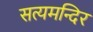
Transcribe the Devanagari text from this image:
सत्यमन्दिर